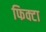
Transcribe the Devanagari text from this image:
फिक्टा